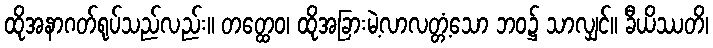
ထိုအနာဂတ်ရုပ်သည်လည်း။ တတ္ထေဝ၊ ထိုအခြားမဲ့လာလတ္တံ့သော ဘဝ၌ သာလျှင်။ ခီယိဿတိ၊